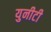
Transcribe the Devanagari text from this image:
युनीटी